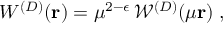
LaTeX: W ^ { ( { D } ) } ( { \bf r } ) = \mu ^ { 2 - \epsilon } \, { \mathcal W } ^ { ( { D } ) } ( \mu { \bf r } ) \; ,